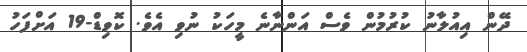
ދޭން އިއުލާނު ކުރުމުން ވެސް އަންނާނެ މީހަކު ނުވި އެވެ. ކޮވިޑް-19 އަށްފަހު